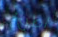
اطبخ